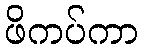
ဖိကပ်ကာ